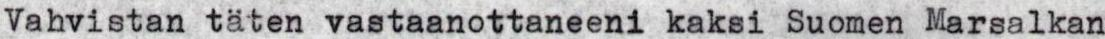
Vahvistan täten vastaanottaneeni kaksi Suomen Marsalkan